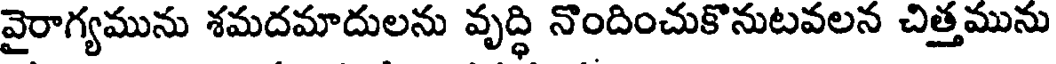
వైరాగ్యమును శమదమాదులను వృద్ధి నొందించుకొనుటవలన చిత్తమును